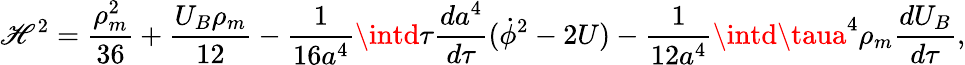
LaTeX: \mathscr{H}^{2}=\frac{{\rho_{m}^{2}}}{{36}}+\frac{{U_{B}\rho_{m}}}{{12}}-\frac{{1}}{{16a^{4}}}\intd\tau\frac{{da^{4}}}{{d\tau}}(\dot{{\phi}}^{2}-2U)-\frac{{1}}{{12a^{4}}}\intd\taua^{4}\rho_{m}\frac{{dU_{B}}}{{d\tau}},